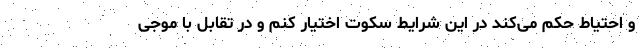
و احتیاط حکم می‌کند در این شرایط سکوت اختیار کنم و در تقابل با موجی